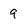
Character: 9